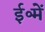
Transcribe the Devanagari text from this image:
ई॰में